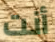
أنت